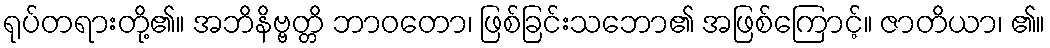
ရုပ်တရားတို့၏။ အဘိနိဗ္ဗတ္တိ ဘာဝတော၊ ဖြစ်ခြင်းသဘော၏ အဖြစ်ကြောင့်။ ဇာတိယာ၊ ၏။